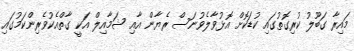
މައިރާ ގަބޫލު ކުރިގޮތުގައި ކުޑަކޮށް އޮޅުވާލެވުނަސް ރެޔާން އާއި ޝަމާއިލް އަކީ ގާތްއެކުވެރިންކަމުގައި